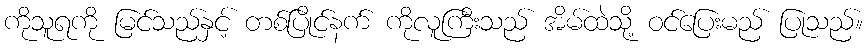
ကိုသူရကို မြင်သည်နှင့် တစ်ပြိုင်နက် ကိုလူကြီးသည် အိမ်ထဲသို့ ဝင်ပြေးမည် ပြုသည်။